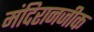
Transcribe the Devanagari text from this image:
मंदिरानजीक